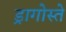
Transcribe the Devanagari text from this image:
ड्रागोस्ते